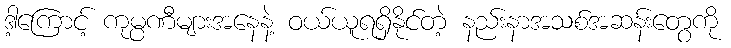
ဒါ့ကြောင့် ကုမ္ပဏီများအနေနဲ့ ဝယ်ယူရရှိနိုင်တဲ့ နည်းနာအသစ်အဆန်းတွေကို